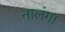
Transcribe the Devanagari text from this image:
नालंगा